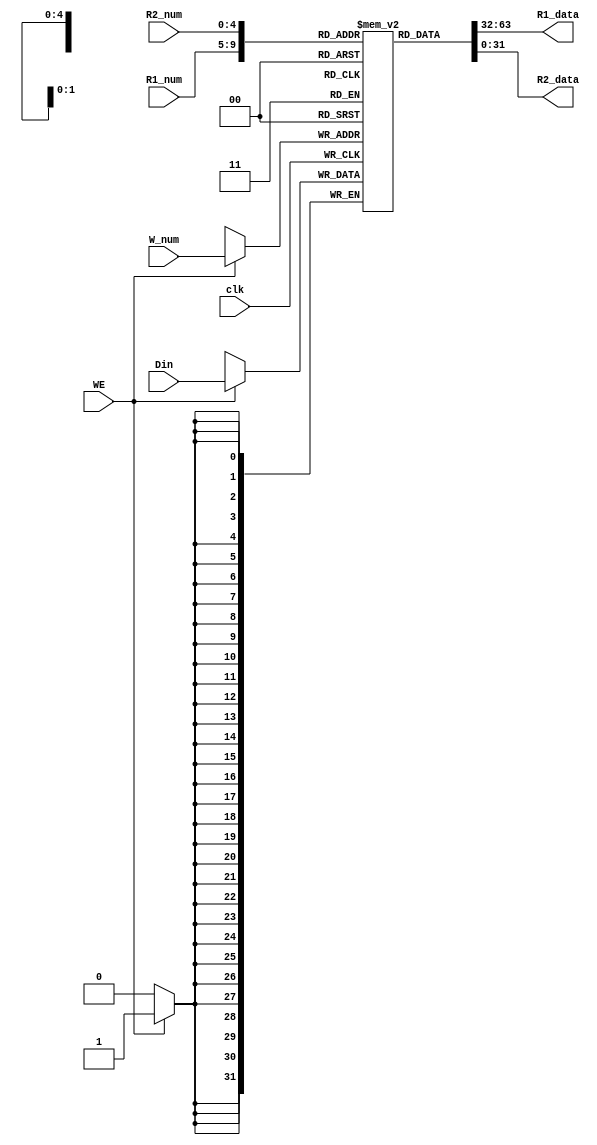
`timescale 1ns / 1ps

module RegFile(
	input [4:0] R1_num,
	input [4:0] R2_num, //R1 R2 
	input [4:0] W_num, //
	input [31:0] Din, //
	input WE, //
	input clk, //
	output [31:0] R1_data, //1
	output [31:0] R2_data //2
    );

reg [31:0]Reg[31:0]; //3232


integer i;
initial begin
  	for (i = 0; i<32 ; i = i+1)
  		Reg[i] = 0;
end

always @(posedge clk)
begin
	if(WE) Reg[W_num] = Din;//
end

assign R1_data = Reg[R1_num];
assign R2_data = Reg[R2_num];

endmodule